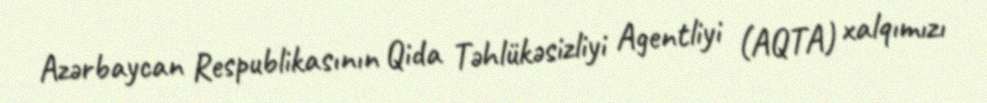
Azərbaycan Respublikasının Qida Təhlükəsizliyi Agentliyi (AQTA) xalqımızı